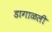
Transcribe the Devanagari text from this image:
डागाळली